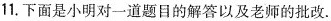
11.下面是小明对一道题目的解答以及老师的批改.